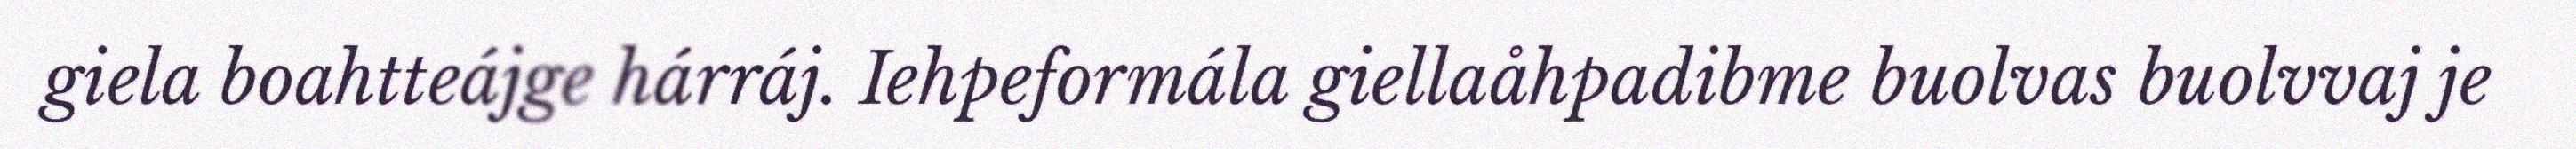
giela boahtteájge hárráj. Iehpeformála giellaåhpadibme buolvas buolvvaj je